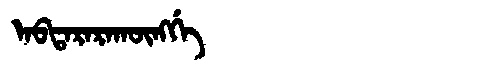
Manchu: ᠠᠪᡨᠠᡵᠠᡵᠠᡴᡡᠩᡤᡝ
Romanization: ABTARARAKŪNGGE